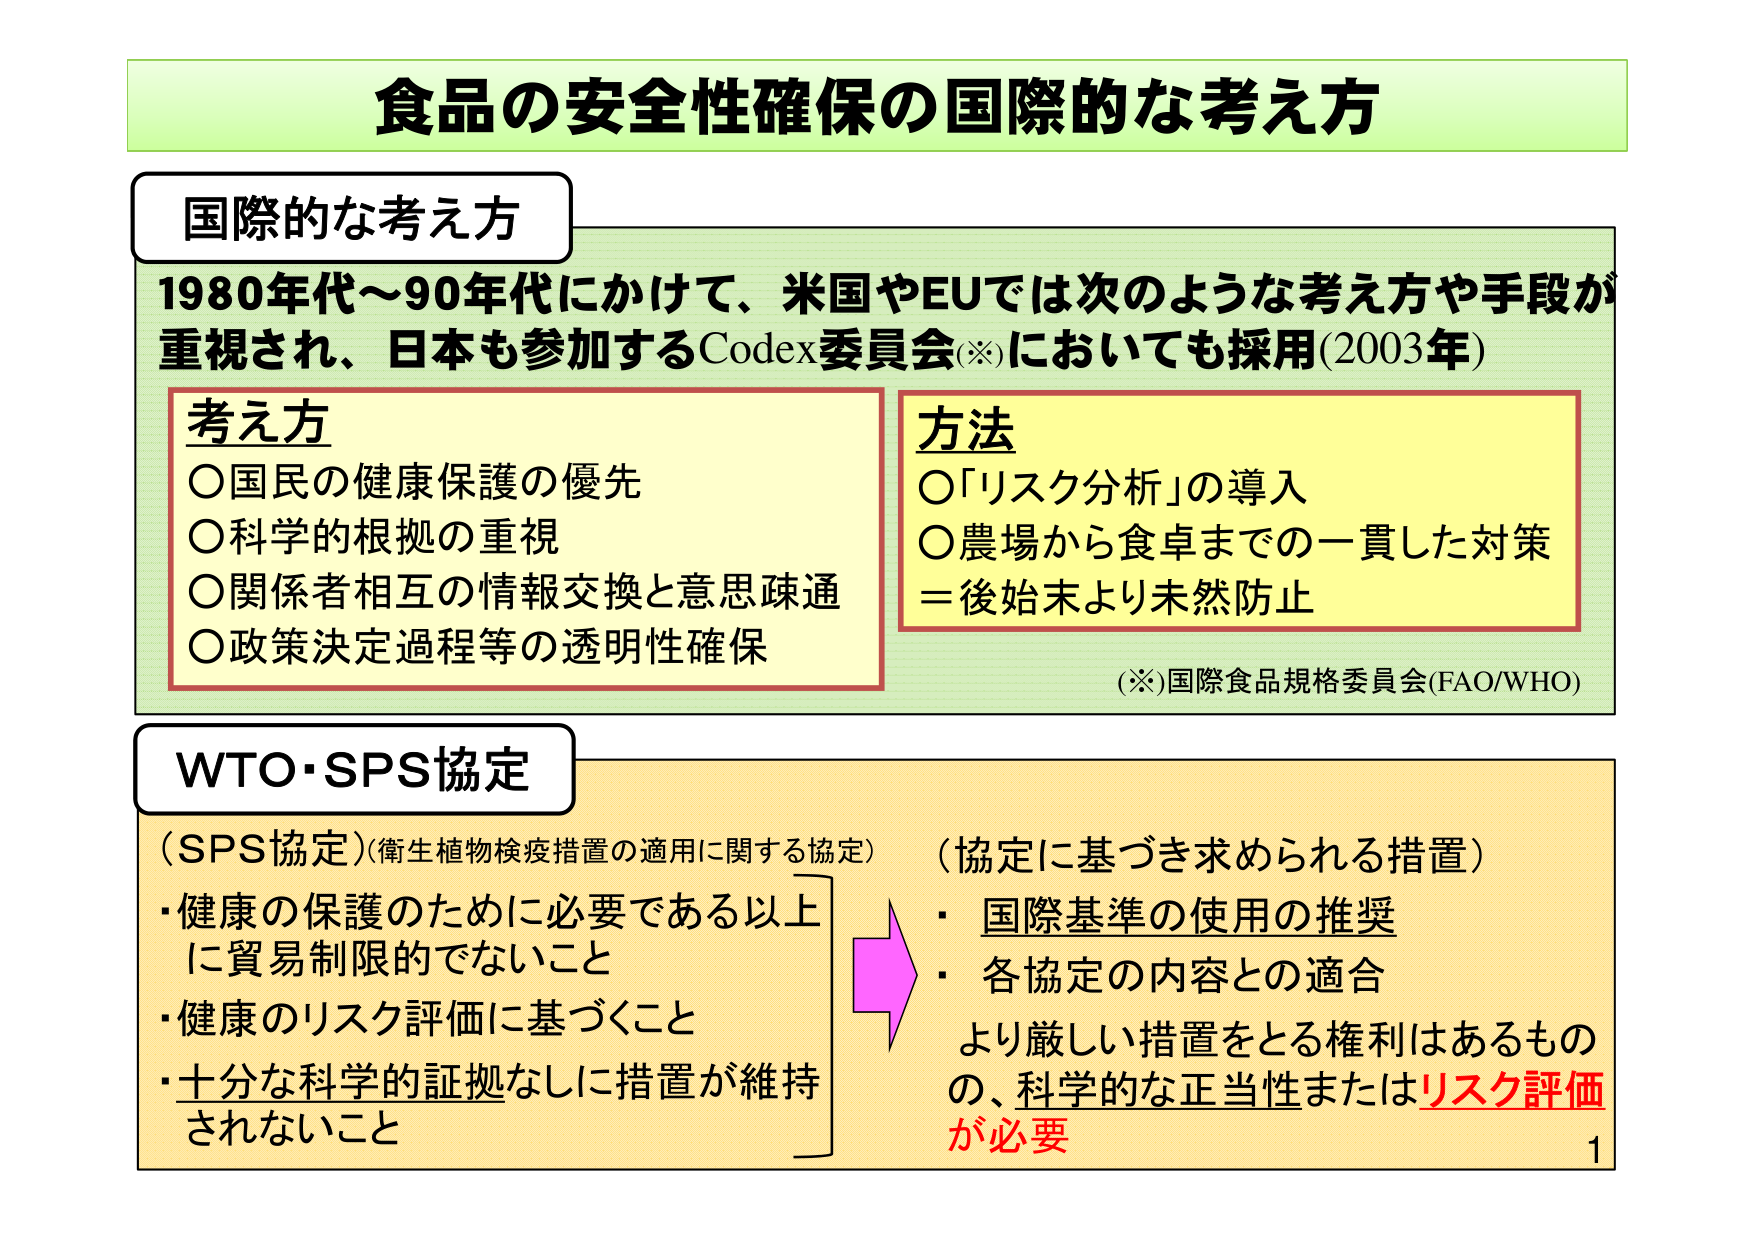
食品の安全性確保の国際的な考え方

国際的な考え方
1980年代～90年代にかけて、米国やEUでは次のような考え方や手段が
重視され、日本も参加するCodex委員会(※)においても採用(2003年)

考え方
○国民の健康保護の優先
○科学的根拠の重視
○関係者相互の情報交換と意思疎通
○政策決定過程等の透明性確保

方法
○「リスク分析」の導入
○農場から食卓までの一貫した対策
＝後始末より未然防止

(※)国際食品規格委員会(FAO/WHO)

WTO・SPS協定
(SPS協定)(衛生植物検疫措置の適用に関する協定)
・健康の保護のために必要である以上に貿易制限的でないこと
・健康のリスク評価に基づくこと
・十分な科学的証拠なしに措置が維持されないこと

(協定に基づき求められる措置)
・国際基準の使用の推奨
・各協定の内容との適合
より厳しい措置をとる権利はあるものの、科学的な正当性またはリスク評価が必要

1